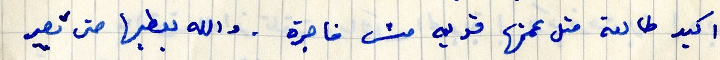
اكيد طالعة متل عمتها قوية مش فاجرة. والله يعطيها حتى تصير